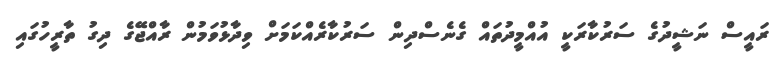
ރައީސް ނަޝީދުގެ ސަރުކާރަކީ އުއްމީދުތައް ގެނެސްދިން ސަރުކާރެއްކަމަށް ވިދާޅުވަމުން ރާއްޖޭގެ ދިގު ތާރީހުގައި